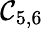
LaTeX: \mathcal{C}_{5,6}